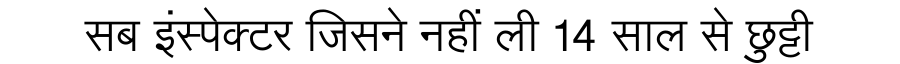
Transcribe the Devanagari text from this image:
सब इंस्पेक्टर जिसने नहीं ली 14 साल से छुट्टी